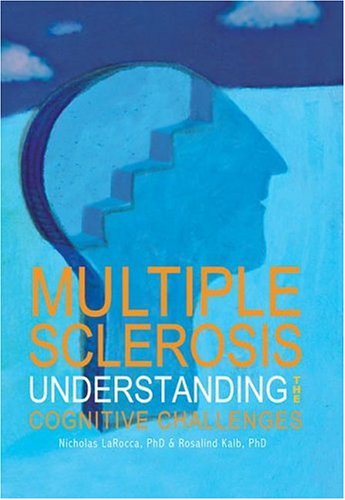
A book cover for Multiple Sclerosis: Understanding the Cognitive Challenges; Dr Nicholas LaRocca; Health, Fitness & Dieting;